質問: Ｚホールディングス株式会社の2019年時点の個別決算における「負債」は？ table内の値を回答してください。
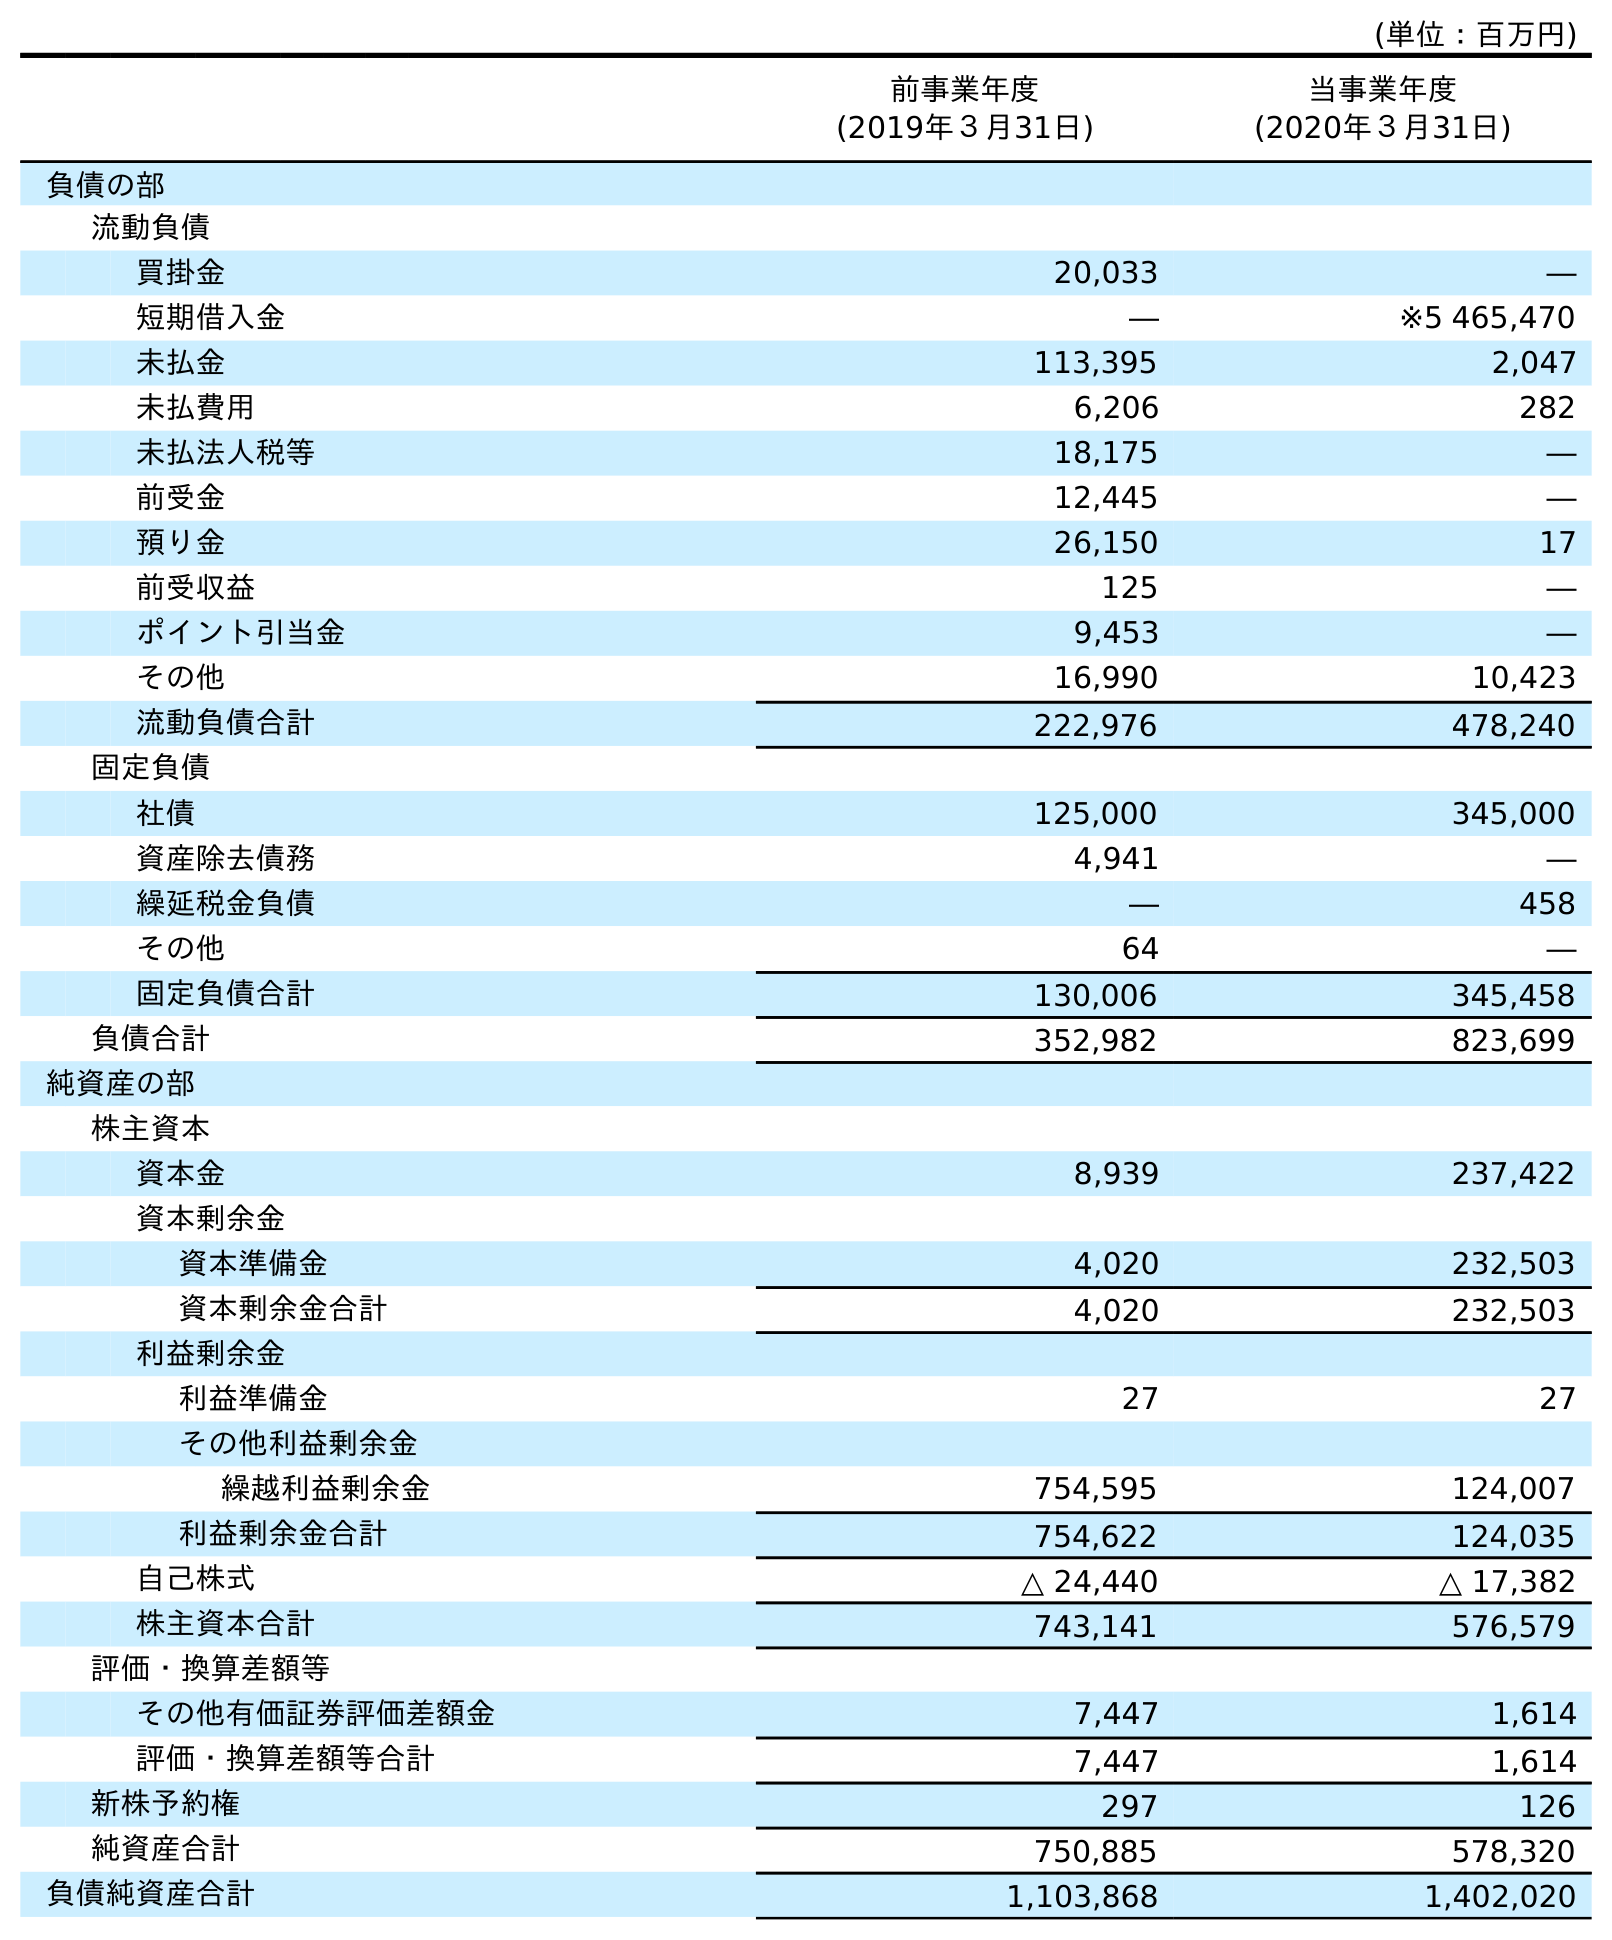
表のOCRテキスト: (単位：百万円) 前事業年度 (2019年３月31日) 当事業年度 (2020年３月31日) 負債の部 流動負債 買掛金 20,033 ― 短期借入金 ― ※5 465,470 未払金 113,395 2,047 未払費用 6,206 282 未払法人税等 18,175 ― 前受金 12,445 ― 預り金 26,150 17 前受収益 125 ― ポイント引当金 9,453 ― その他 16,990 10,423 流動負債合計 222,976 478,240 固定負債 社債 125,000 345,000 資産除去債務 4,941 ― 繰延税金負債 ― 458 その他 64 ― 固定負債合計 130,006 345,458 負債合計 352,982 823,699 純資産の部 株主資本 資本金 8,939 237,422 資本剰余金 資本準備金 4,020 232,503 資本剰余金合計 4,020 232,503 利益剰余金 利益準備金 27 27 その他利益剰余金 繰越利益剰余金 754,595 124,007 利益剰余金合計 754,622 124,035 自己株式 △ 24,440 △ 17,382 株主資本合計 743,141 576,579 評価・換算差額等 その他有価証券評価差額金 7,447 1,614 評価・換算差額等合計 7,447 1,614 新株予約権 297 126 純資産合計 750,885 578,320 負債純資産合計 1,103,868 1,402,020
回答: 352,982